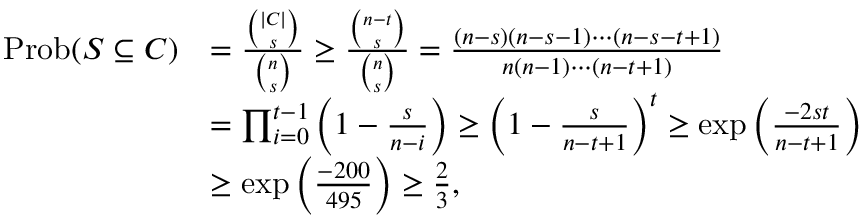
\begin{array} { r l } { \mathrm { P r o b } ( S \subseteq C ) } & { = \frac { { \binom { | C | } { s } } } { { \binom { n } { s } } } \geq \frac { { \binom { n - t } { s } } } { { \binom { n } { s } } } = \frac { ( n - s ) ( n - s - 1 ) \cdots ( n - s - t + 1 ) } { n ( n - 1 ) \cdots ( n - t + 1 ) } } \\ & { = \prod _ { i = 0 } ^ { t - 1 } \left( 1 - \frac { s } { n - i } \right) \geq \left( 1 - \frac { s } { n - t + 1 } \right) ^ { t } \geq \exp \left( \frac { - 2 s t } { n - t + 1 } \right) } \\ & { \geq \exp \left( \frac { - 2 0 0 } { 4 9 5 } \right) \geq \frac 2 3 , } \end{array}